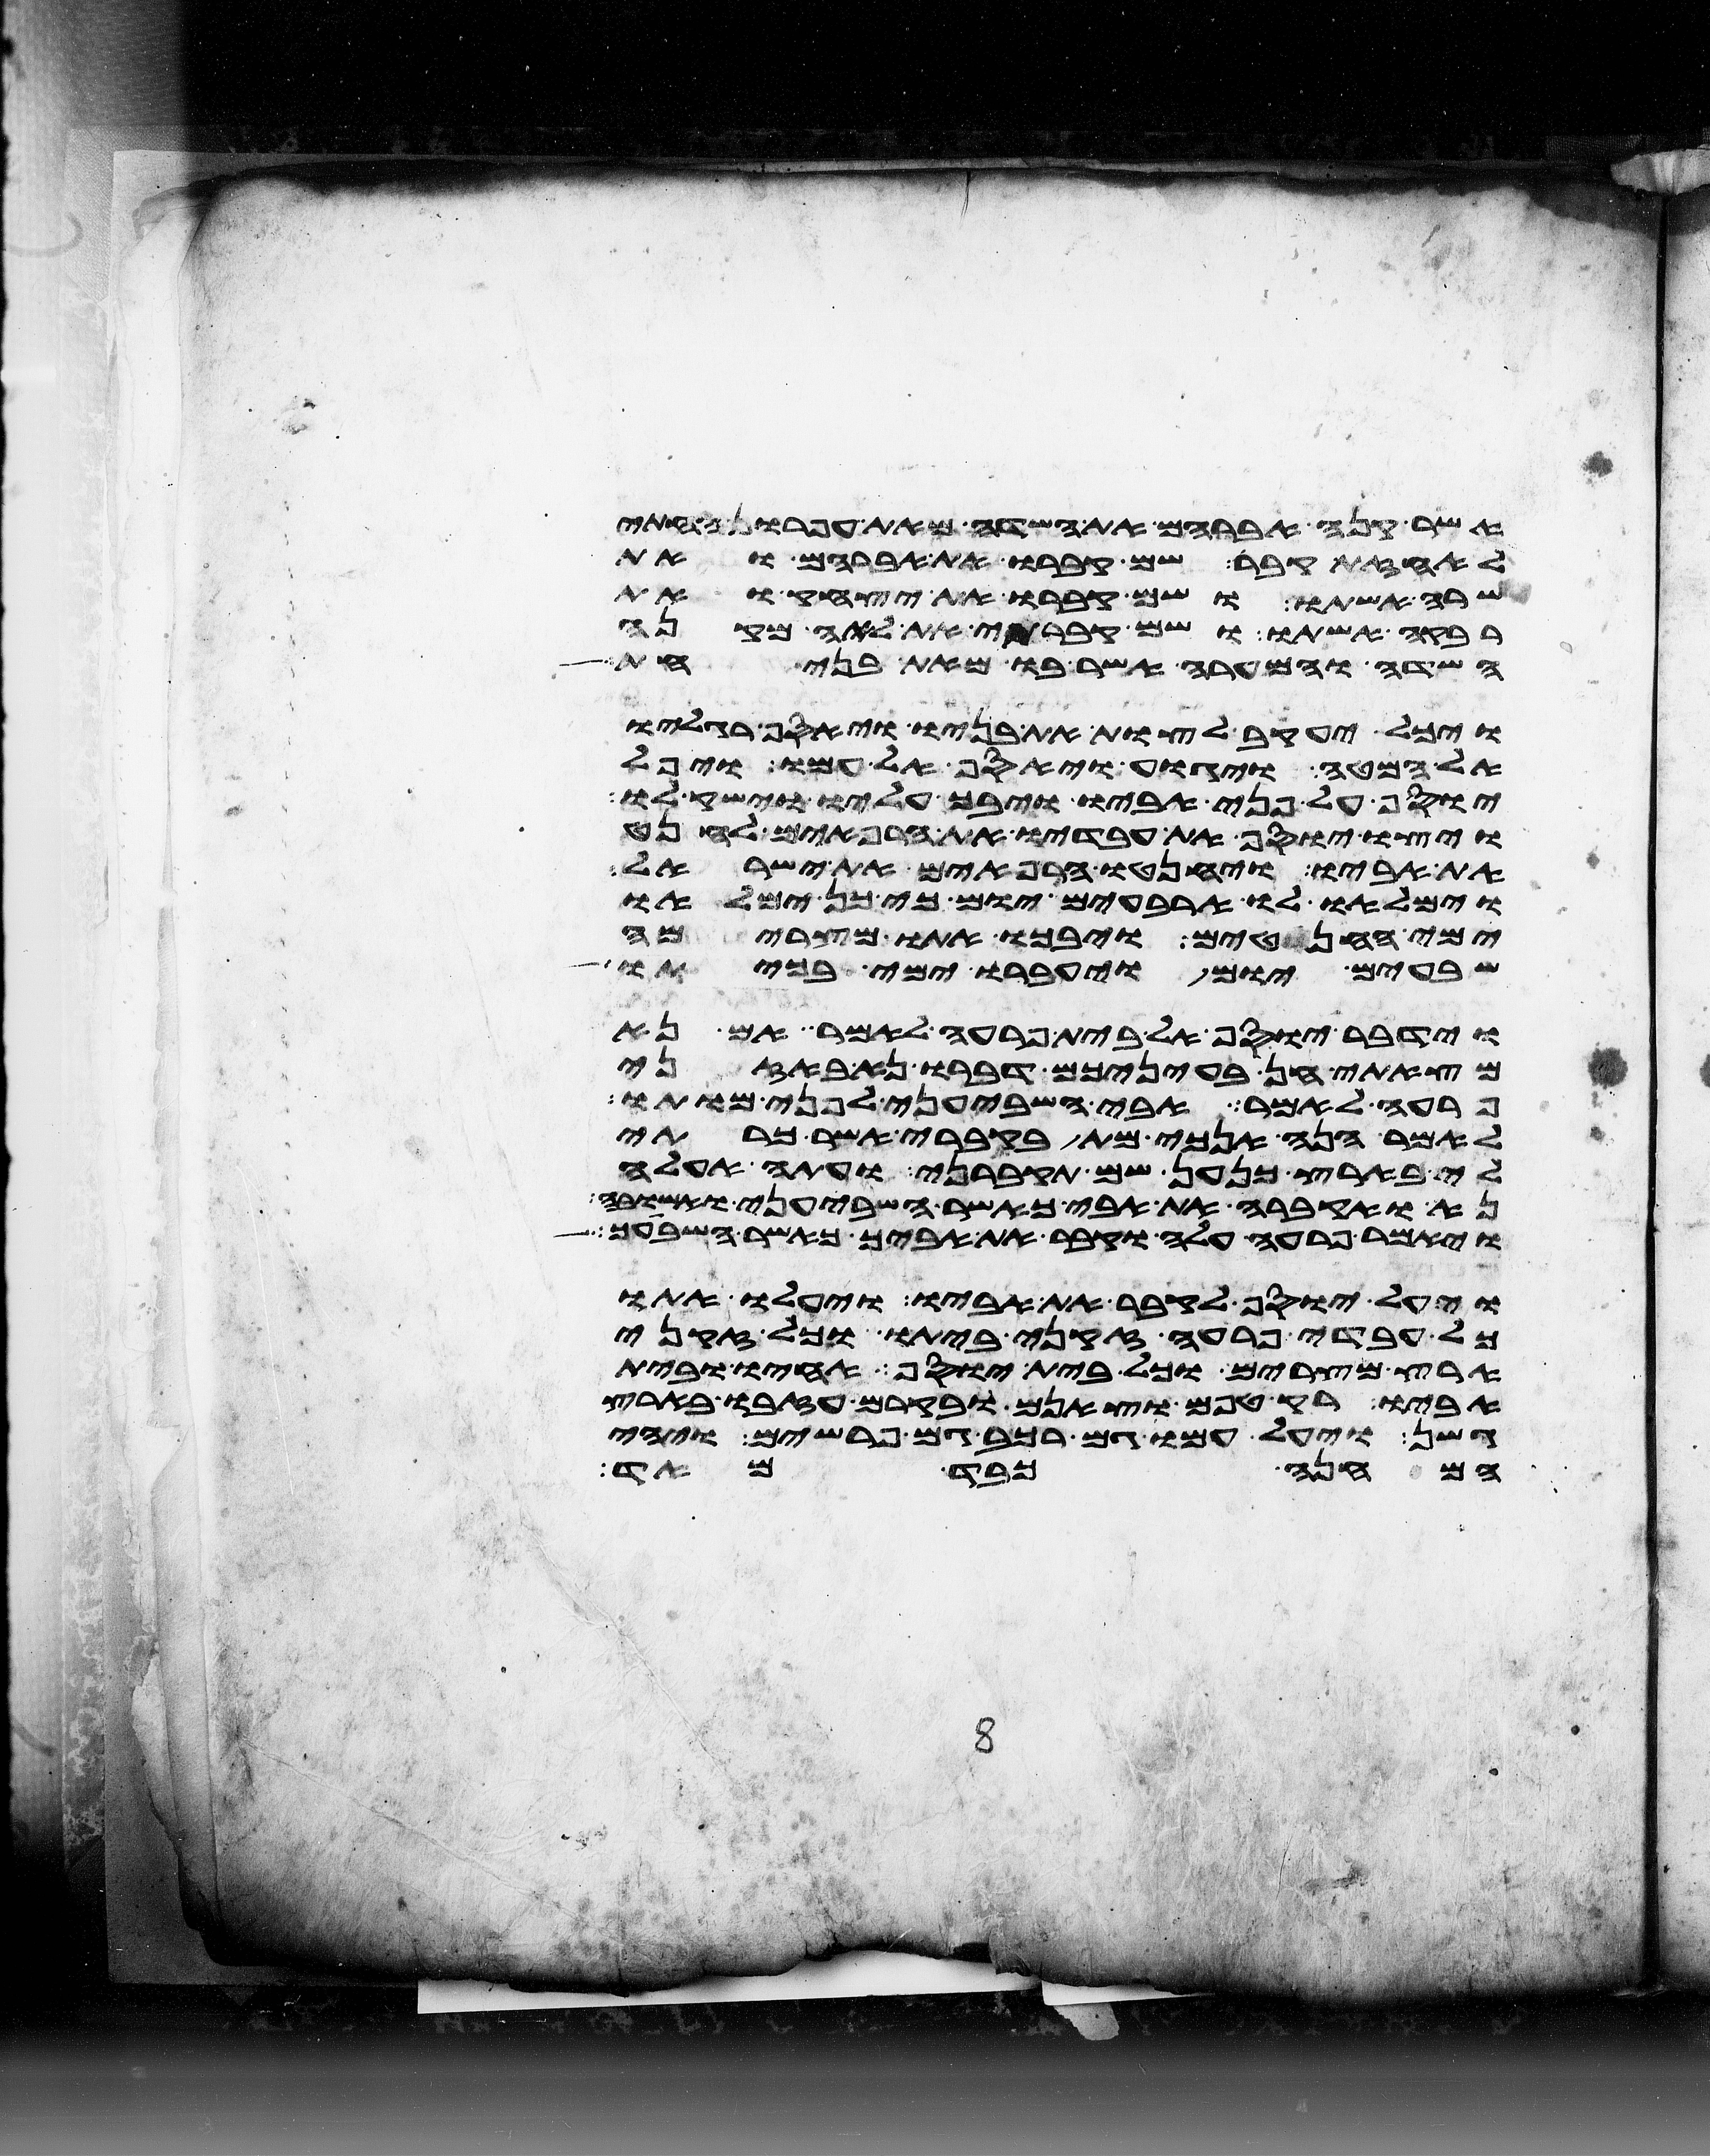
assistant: אשר קנה אברהם את השדה מאת עפרון החתי
לאחזת קבר שם קברו את אברהם ואת
שרה אשתו ושם קברו את יצחק ואת
רבקה אשתו ושם קברתי את לאה מקנה
השדה והמערה אשר בו מאת בני חת
ויכל יעקב לצות את בניו ויאסף רגליו
אל המטה ויגוע ויאסף אל עמו ויפל
יוסף על פני אביו ויבך עליו וישק לו
ויצו יוסף את עבדיו את הרפאים לחנט
את אביו ויחנטו הרפאים את ישראל
וימלאו לו ארבעים יום כי כן ימלאו
ימי החנטים ויבכו אתו מצרימה
שבעים יום ויעברו ימי בכיתו
וידבר יוסף אל בית פרעה לאמר אם נא
מצאתי חן בעיניכם דברו נא באזני
פרעה לאמר אבי השביעני לפני מותו
לאמר הנה אנכי מת בקברי אשר כרתי
לי בארץ כנען שם תקברני ועתה אעלה
נא ואקברה את אבי כאשר השביעני ואשובה
ויאמר פרעה עלה וקבר את אביך כאשר השביעך
ויעל יוסף לקבר את אביו ויעלו אתו
כל עבדי פרעה זקני ביתו וכל זקני
ארץ מצרים וכל בית יוסף אחיו ובית
אביו רק טפם וצאנם ובקרם עזבו בארץ
גשן ויעל עמו גם רכב גם פרשים ויהי
המחנה כבד מאד